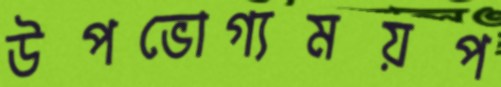
উপভোগ্যময়প